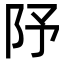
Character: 䦽